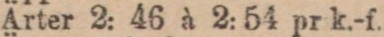
Ärter 2: 46 à 2: 54 pr k.-f.